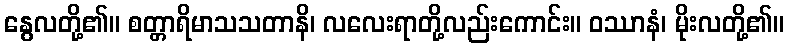
နွေလတို့၏။ စတ္တာရိမာသသတာနိ၊ လလေးရာတို့လည်းကောင်း။ ဝဿာနံ၊ မိုးလတို့၏။